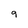
Character: g